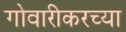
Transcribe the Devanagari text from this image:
गोवारीकरच्या